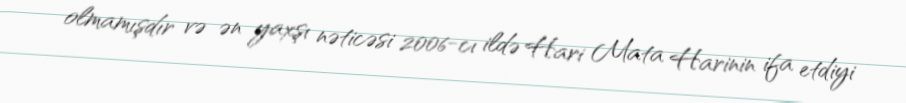
olmamışdır və ən yaxşı nəticəsi 2006-cı ildə Hari Mata Harinin ifa etdiyi